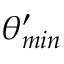
\theta _ { m i n } ^ { \prime }